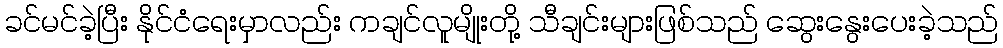
ခင်မင်ခဲ့ပြီး နိုင်ငံရေးမှာလည်း ကချင်လူမျိုးတို့ သီချင်းများဖြစ်သည် ဆွေးနွေးပေးခဲ့သည်